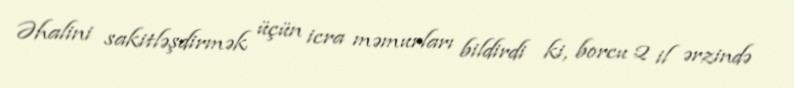
Əhalini sakitləşdirmək üçün icra məmurları bildirdi ki, borcu 2 il ərzində